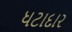
ધટાદાર